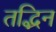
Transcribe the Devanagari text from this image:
तद्भिन